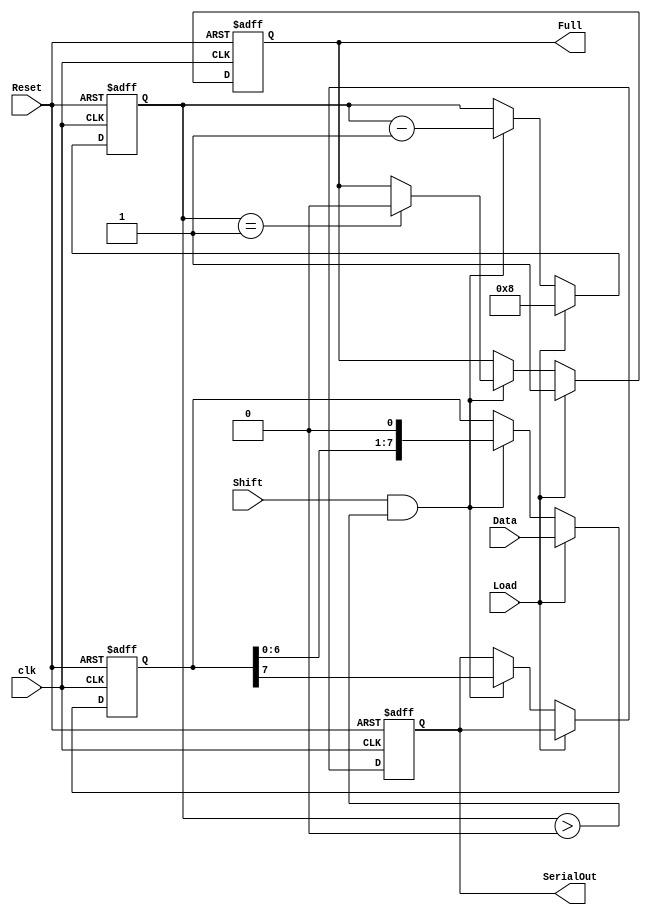
module LoadablePISO #(
    parameter WIDTH = 8  // Parameter to define the width of the register
)(
    input wire Load,       // Control signal to load parallel data
    input wire [WIDTH-1:0] Data, // Parallel data input
    input wire Shift,      // Control signal to shift out data serially
    input wire clk,        // Clock signal
    input wire Reset,      // Asynchronous reset signal
    output reg SerialOut,  // Serial output
    output reg Full        // Indicates when the register is full
);

    reg [WIDTH-1:0] shift_reg; // Internal register to hold the data
    reg [3:0] count;            // Counter to track the number of bits shifted out

    // Asynchronous reset
    always @(posedge clk or posedge Reset) begin
        if (Reset) begin
            shift_reg <= 0;     // Clear the register
            SerialOut <= 0;     // Clear the serial output
            Full <= 0;          // Clear the full flag
            count <= 0;         // Reset the counter
        end else begin
            if (Load) begin
                shift_reg <= Data; // Load data into the register
                Full <= 1;         // Set full flag when data is loaded
                count <= WIDTH;    // Set count to width of the register
            end else if (Shift && count > 0) begin
                SerialOut <= shift_reg[WIDTH-1]; // Shift out MSB
                shift_reg <= {shift_reg[WIDTH-2:0], 1'b0}; // Shift left
                count <= count - 1; // Decrement the count
                if (count == 1) begin
                    Full <= 0; // Clear full flag when last bit is shifted out
                end
            end
        end
    end

endmodule